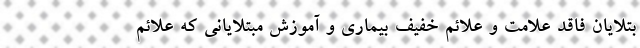
بتلایان فاقد علامت و علائم خفیف بیماری و آموزش مبتلایانی که علائم